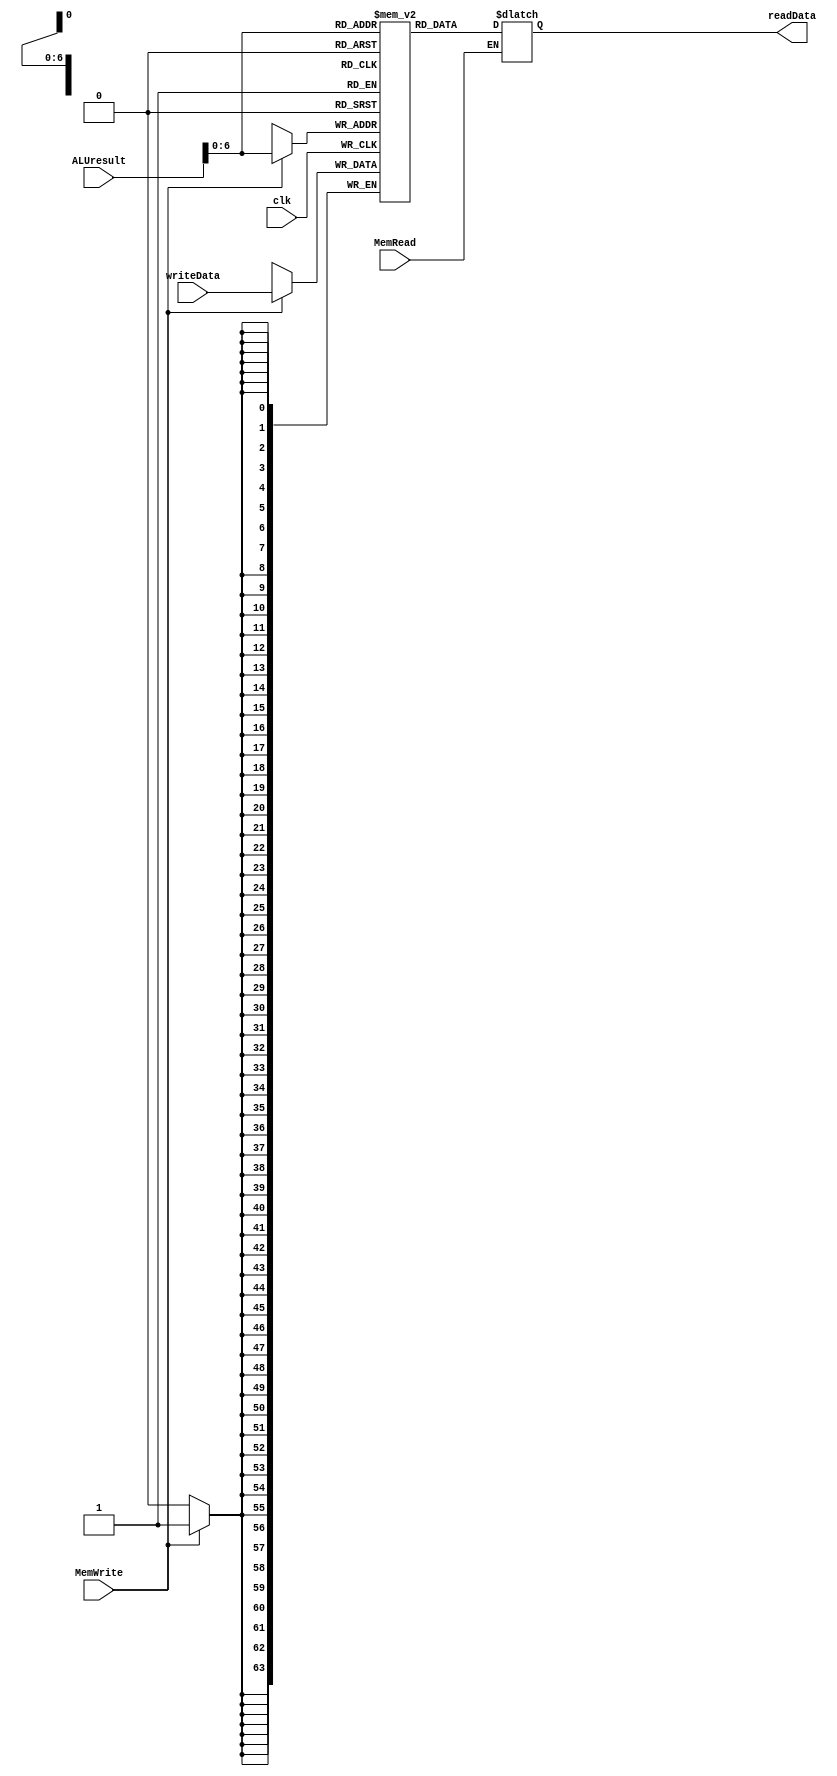
`timescale 1ns / 1ps

module data_memory(
  input clk,
  input MemWrite,
  input MemRead,
  input [63:0] ALUresult,
  input [63:0] writeData,
  output reg [63:0] readData
);

  parameter NONE = 64'b0;
  parameter SIZE = 128;
  reg [63:0] mem [SIZE - 1:0];

  // initially set default data to 0
  integer i;
  initial begin
    for (i = 0; i < SIZE; i = i + 1) begin
      mem[i] = NONE;
    end
  end

  // Write back Data Memory
  always @(*) begin
    if (MemRead == 1) begin
      readData = mem[ALUresult];
    end
  end

  // Write memory
  always @(negedge clk) begin
    if (MemWrite == 1) begin
      mem[ALUresult] = writeData;
    end
  end

endmodule